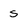
Character: s